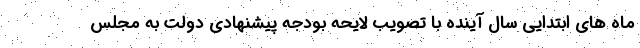
ماه های ابتدایی سال آینده با تصویب لایحه بودجه پیشنهادی دولت به مجلس